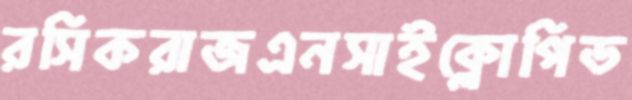
রসিকরাজএনসাইক্লোপিড